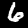
Label: 6